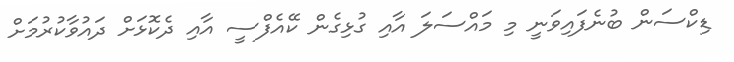
ޑިކްސަން ބުނެފައިވަނީ މި މައްސަލަ އާއި ގުޅިގެން ކޭއެފްސީ އާއި ދެކޮޅަށް ދައުވާކުރުމަށް